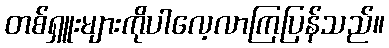
တစ်ရှူးများကိုပါလေ့လာကြပြန်သည်။